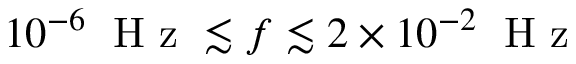
1 0 ^ { - 6 } \; \mathrm { ~ H ~ z ~ } \lesssim f \lesssim 2 \times 1 0 ^ { - 2 } \; \mathrm { ~ H ~ z ~ }